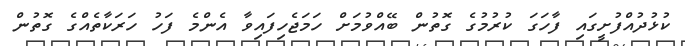
ކުޅުދުއްފުށީގައި ފާހަގަ ކުރުމުގެ ގޮތުން ބޭއްވުމަށް ހަމަޖެހިފައިވާ އެންމެ ފަހު ހަރަކާތެއްގެ ގޮތުން